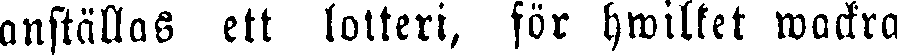
anställas ett lotteri, för hwilket wackra